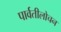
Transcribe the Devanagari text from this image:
पार्वतीलोचन